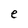
Character: e